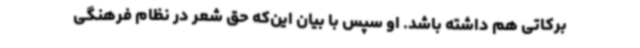
برکاتی هم داشته باشد. او سپس با بیان این‌که حق شعر در نظام فرهنگی